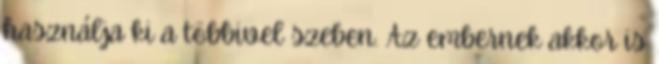
használja ki a többivel szeben. Az embernek akkor is